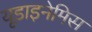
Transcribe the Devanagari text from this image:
यूडाइनेमिस